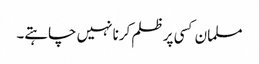
مسلمان کسی پر ظلم کرنا نہیں چاہتے۔